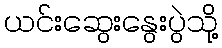
ယင်းဆွေးနွေးပွဲသို့